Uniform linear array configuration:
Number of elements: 4
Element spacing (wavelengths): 0.75
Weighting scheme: exponential
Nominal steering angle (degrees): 60
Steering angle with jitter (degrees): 61.955
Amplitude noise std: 0.05
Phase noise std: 0.05

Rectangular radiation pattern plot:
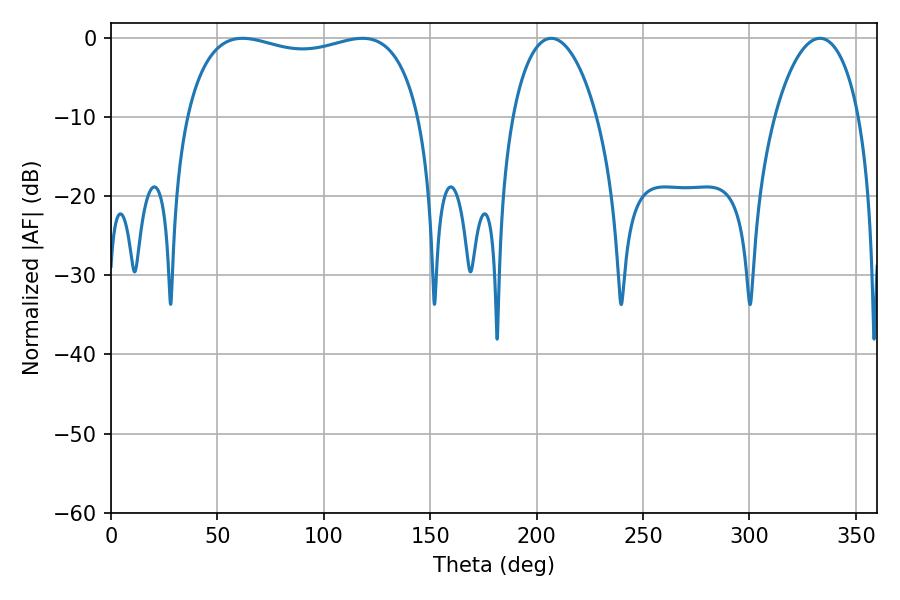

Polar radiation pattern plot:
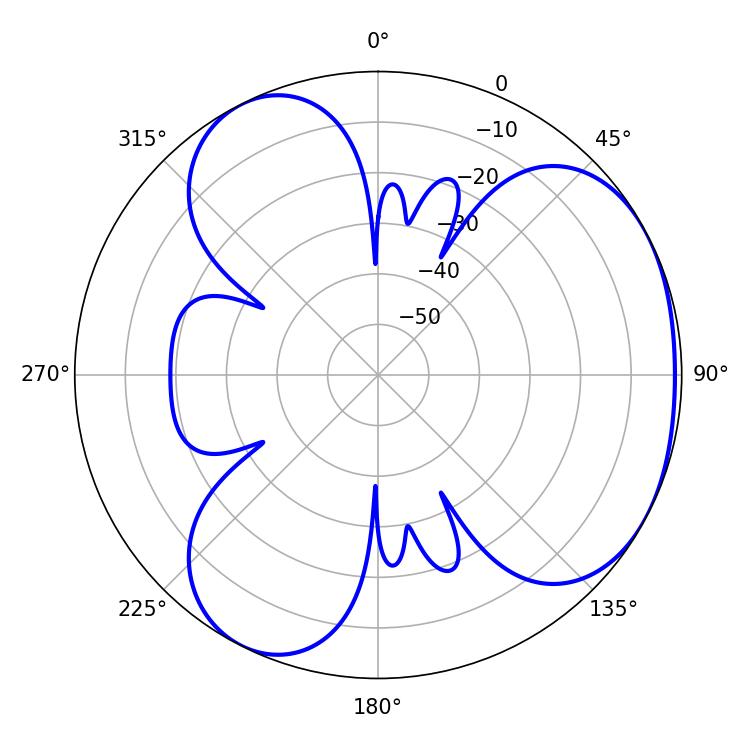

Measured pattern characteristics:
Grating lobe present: TRUE
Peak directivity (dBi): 3.594
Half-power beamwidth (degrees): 22.5
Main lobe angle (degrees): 206.82